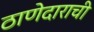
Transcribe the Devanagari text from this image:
ठाणेदाराची